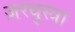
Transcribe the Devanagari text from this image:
ज़रथुस्त्रा